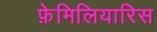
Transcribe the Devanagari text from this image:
फ़ेमिलियारिस